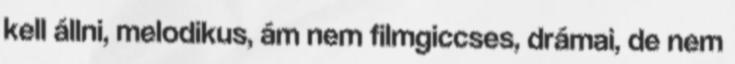
kell állni, melodikus, ám nem filmgiccses, drámai, de nem